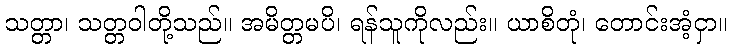
သတ္တာ၊ သတ္တဝါတို့သည်။ အမိတ္တမပိ၊ ရန်သူကိုလည်း။ ယာစိတုံ၊ တောင်းအံ့ငှာ။